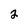
Character: 2